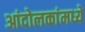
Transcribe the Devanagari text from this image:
आंदोलकांमध्ये